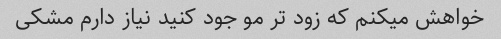
خواهش میکنم که زود تر مو جود کنید نیاز دارم مشکی